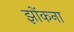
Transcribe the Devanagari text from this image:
झोंकना